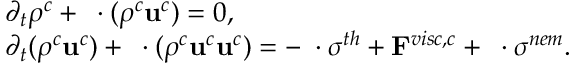
\begin{array} { r l } & { \partial _ { t } \rho ^ { c } + \mathbf { \nabla } \cdot ( \rho ^ { c } \mathbf { u } ^ { c } ) = 0 , } \\ & { \partial _ { t } ( \rho ^ { c } \mathbf { u } ^ { c } ) + \mathbf { \nabla } \cdot ( \rho ^ { c } \mathbf { u } ^ { c } \mathbf { u } ^ { c } ) = - \mathbf { \nabla } \cdot \sigma ^ { t h } + \mathbf { F } ^ { v i s c , c } + \mathbf { \nabla } \cdot \sigma ^ { n e m } . } \end{array}